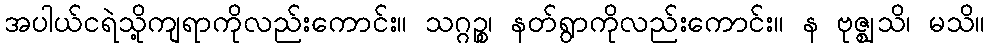
အပါယ်ငရဲသို့ကျရာကိုလည်းကောင်း။ သဂ္ဂဉ္စ၊ နတ်ရွာကိုလည်းကောင်း။ န ဗုဇ္ဈသိ၊ မသိ။